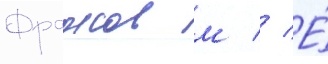
Фрадков м // Е́